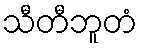
သီတီဘူတံ